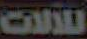
للآلات